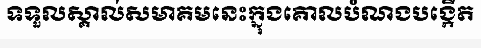
ទទួលស្គាល់សមាគមនេះក្នុងគោលបំណងបង្កើត